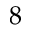
8